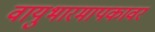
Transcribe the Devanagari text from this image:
वायुभारमापकावर